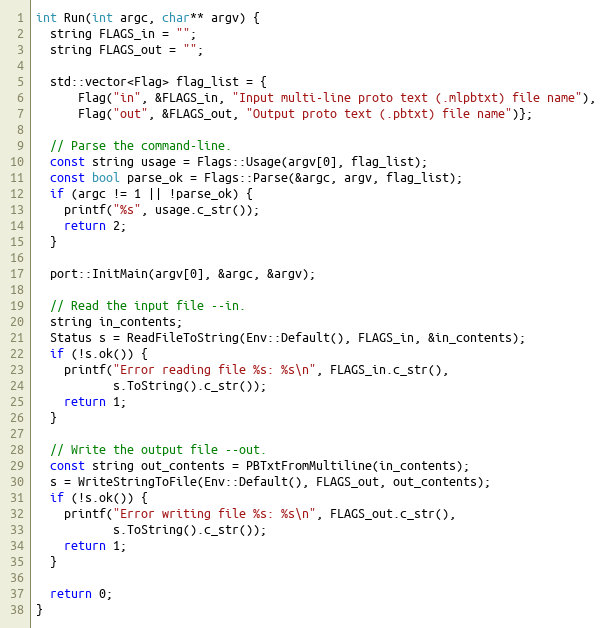
Language: C++
int Run(int argc, char** argv) {
  string FLAGS_in = "";
  string FLAGS_out = "";

  std::vector<Flag> flag_list = {
      Flag("in", &FLAGS_in, "Input multi-line proto text (.mlpbtxt) file name"),
      Flag("out", &FLAGS_out, "Output proto text (.pbtxt) file name")};

  // Parse the command-line.
  const string usage = Flags::Usage(argv[0], flag_list);
  const bool parse_ok = Flags::Parse(&argc, argv, flag_list);
  if (argc != 1 || !parse_ok) {
    printf("%s", usage.c_str());
    return 2;
  }

  port::InitMain(argv[0], &argc, &argv);

  // Read the input file --in.
  string in_contents;
  Status s = ReadFileToString(Env::Default(), FLAGS_in, &in_contents);
  if (!s.ok()) {
    printf("Error reading file %s: %s\n", FLAGS_in.c_str(),
           s.ToString().c_str());
    return 1;
  }

  // Write the output file --out.
  const string out_contents = PBTxtFromMultiline(in_contents);
  s = WriteStringToFile(Env::Default(), FLAGS_out, out_contents);
  if (!s.ok()) {
    printf("Error writing file %s: %s\n", FLAGS_out.c_str(),
           s.ToString().c_str());
    return 1;
  }

  return 0;
}